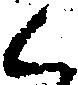
く